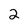
Character: 2